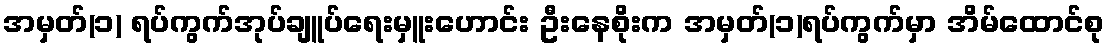
အမှတ်(၁) ရပ်ကွက်အုပ်ချူပ်ရေးမှူးဟောင်း ဦးနေစိုးက အမှတ်(၁)ရပ်ကွက်မှာ အိမ်ထောင်စု